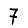
Digit: 7